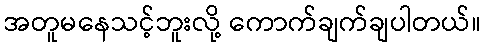
အတူမနေသင့်ဘူးလို့ ကောက်ချက်ချပါတယ်။